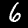
Digit: 6